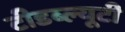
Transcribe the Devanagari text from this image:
टीडब्ल्यूटी